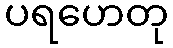
ပရဟေတု